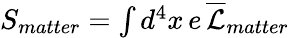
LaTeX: \begin{array}{r}{S_{matter}=\int d^{4}x\, e\, \overline{{\mathcal{L}}}_{matter}}\end{array}